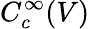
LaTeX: C_{c}^{\infty}(V)